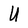
Character: U